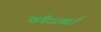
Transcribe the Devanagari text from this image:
चंगेजखाँ